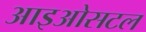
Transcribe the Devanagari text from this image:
आइओसटल